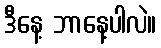
ဒီနေ့ ဘာနေ့ပါလဲ။